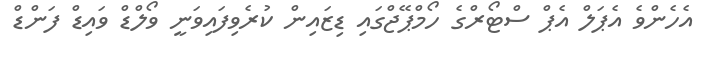
އެހެންވެ އެޕަލް އެޕް ސްޓޯރްގެ ހޯމްޕޭޖްގައި ޑިޒައިން ކުރެވިފައިވަނީ ވޯލްޑް ވައިޑް ފަންޑް